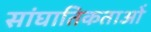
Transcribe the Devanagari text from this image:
सांघातिकताओं